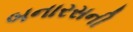
બનારસની